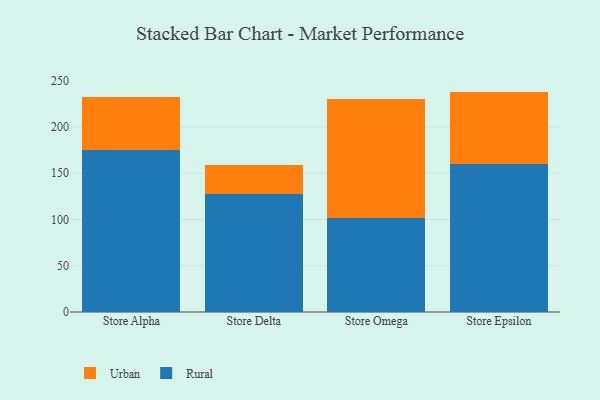
{"axis": {"x": "Store", "y": "Gross Profit (USD K)"}, "legend": ["Rural", "Urban"], "data": [{"x": "Store Alpha", "y": 175.5, "type": "Rural"}, {"x": "Store Alpha", "y": 56.4, "type": "Urban"}, {"x": "Store Delta", "y": 127.3, "type": "Rural"}, {"x": "Store Delta", "y": 31.3, "type": "Urban"}, {"x": "Store Omega", "y": 101.3, "type": "Rural"}, {"x": "Store Omega", "y": 128.4, "type": "Urban"}, {"x": "Store Epsilon", "y": 159.6, "type": "Rural"}, {"x": "Store Epsilon", "y": 78.6, "type": "Urban"}]}